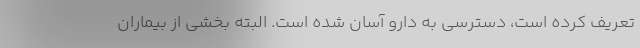
تعریف کرده است، دسترسی به دارو آسان شده است. البته بخشی از بیماران